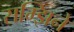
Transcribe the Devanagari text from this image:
सम्झिने